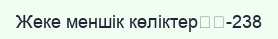
Жеке меншік көліктер		-238